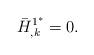
LaTeX: \begin{align*}\bar H^{1^*}_{,k}=0.\end{align*}